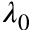
\lambda _ { 0 }